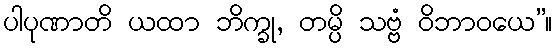
ပါပုဏာတိ ယထာ ဘိက္ခု, တမ္ပိ သဗ္ဗံ ဝိဘာဝယေ”။